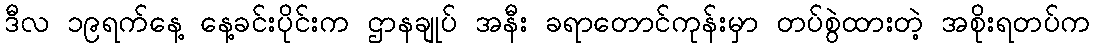
ဒီလ ၁၉ရက်နေ့ နေ့ခင်းပိုင်းက ဌာနချုပ် အနီး ခရာတောင်ကုန်းမှာ တပ်စွဲထားတဲ့ အစိုးရတပ်က